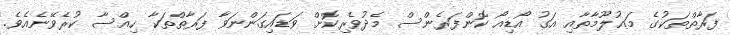
ފަރާތްތަކުގެ މަޢުލޫމާތާއި އަގު އޯޑިއޯ ކޮންފަރެންސް މެދުވެރިކޮށް ވަޑައިގަންނަވާ ފަރާތްތަކާ ހިއްސާ ކުރެވޭނެއެވެ.